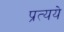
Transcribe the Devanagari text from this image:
प्रत्यये